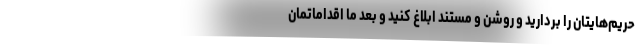
حریم‌هایتان را بردارید و روشن و مستند ابلاغ کنید و بعد ما اقداماتمان